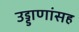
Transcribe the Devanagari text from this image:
उड्डाणांसह